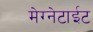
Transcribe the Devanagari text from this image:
मेग्नेटाईट